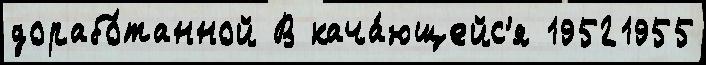
дорабо́танной В кача́ющейс'я 19521955